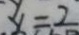
x = 2